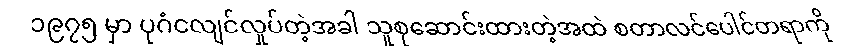
၁၉၇၅ မှာ ပုဂံငလျင်လှုပ်တဲ့အခါ သူစုဆောင်းထားတဲ့အထဲ စတာလင်ပေါင်တရာကို